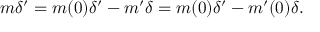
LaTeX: m \delta ^ { \prime } = m ( 0 ) \delta ^ { \prime } - m ^ { \prime } \delta = m ( 0 ) \delta ^ { \prime } - m ^ { \prime } ( 0 ) \delta .